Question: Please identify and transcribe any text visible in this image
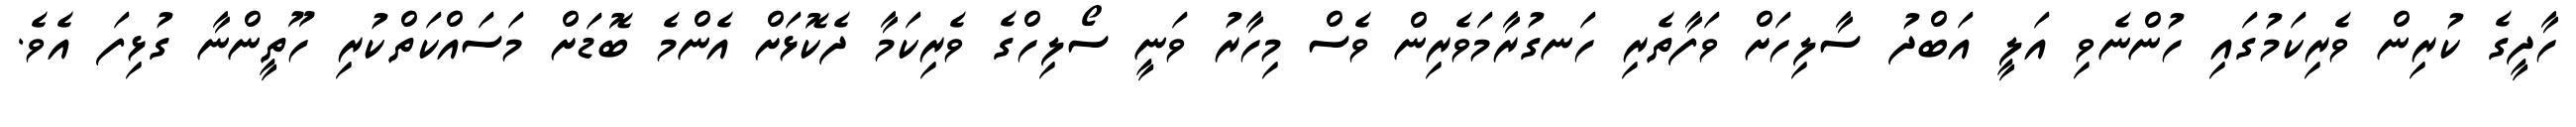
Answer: ހާދީގެ ކުރިން ވެރިކަމުގައި ހުންނެވި އަލީ އަބްދު ސާލިހަށް ވަފާތެރި ހަނގުރާމަވެރިން ވެސް މިހާރު ވަނީ ސޯލިހްގެ ވެރިކަމާ ދެކޮޅަށް އެންމެ ބޮޑަށް މަސައްކަތްކުރި ހޫތީންނާ ގުޅިފަ އެވެ.